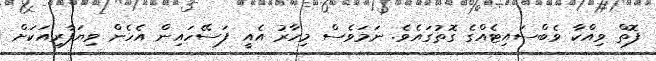
ފޮތް ވިއްކާ ވެބްސައިޓެއްގެ ގޮތުގައެވެ. ނަމަވެސް މިހާރު އެއީ ފަސޭހައިން އެހެން ވިޔަފާރިއަކަށް